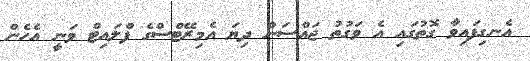
އެނގިފައިވާ ގޮތުގައި އެ ވަގުތު ޖައްސަން ދިޔަ އެމިރޭޓްސްގެ ފްލައިޓް ވަނީ އެހެން